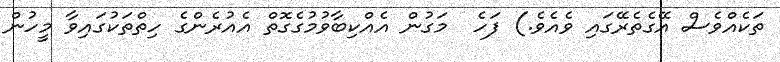
ތަކެއްވެސް އޭގެތެރޭގައި ވެއެވެ.) ފަހެ  މަގުން އެއްކިބާވުމުގެގޮތް އެއުރެންގެ ހިތްތަކުގައިވާ މީހުން